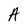
Character: A